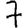
Digit: 7